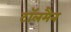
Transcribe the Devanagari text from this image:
टॉलमैन